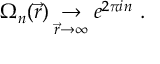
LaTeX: \Omega _ { n } ( \vec { r } ) \mathrel { \mathop \rightarrow _ { \vec { r } \to \infty } } e ^ { 2 \pi i n } ~ .